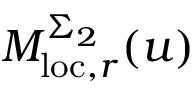
M _ { \mathrm { l o c } , r } ^ { \Sigma _ { 2 } } ( u )